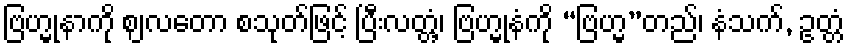
ဗြဟ္မုနာကို ဈလတော စသုတ်ဖြင့် ပြီးလတ္တံ့၊ ဗြဟ္မုနံကို “ဗြဟ္မ”တည်၊ နံသက်, ဥတ္တံ